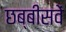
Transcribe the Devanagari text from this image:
छब्बीसवें